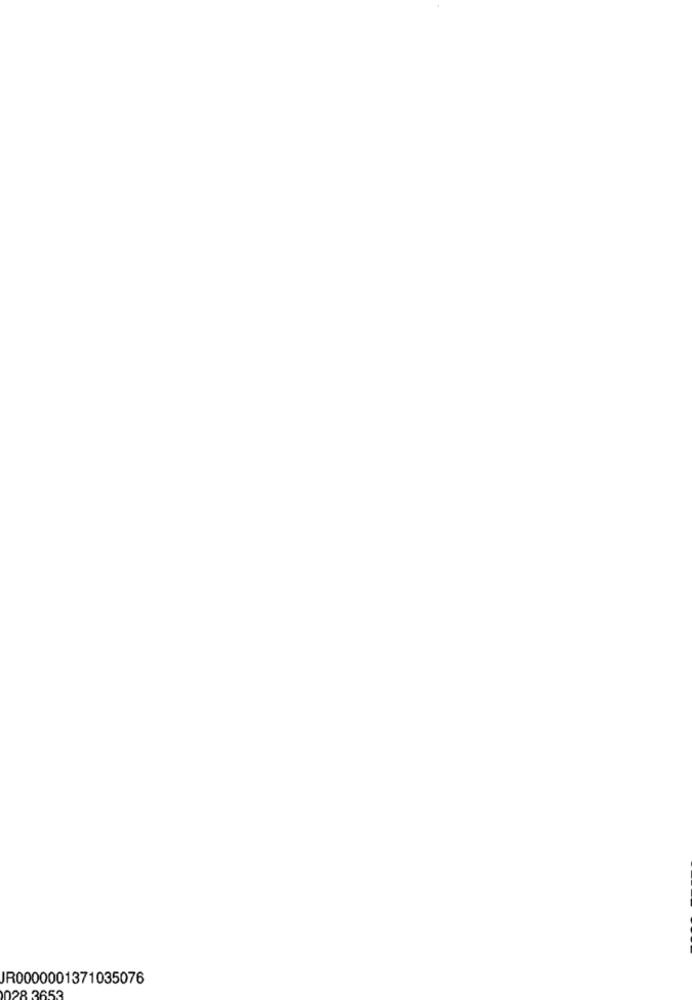
JR0000001371035076
128 3653